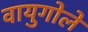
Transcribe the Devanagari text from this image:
वायुगोले